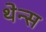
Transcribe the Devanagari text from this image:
थेन्स